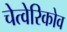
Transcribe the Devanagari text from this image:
चेत्वेरिकोव